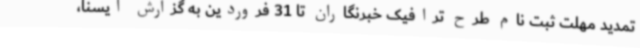
تمدید مهلت ثبت نام طرح ترافیک خبرنگاران تا 31 فروردین به گزارش ایسنا،